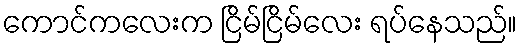
ကောင်ကလေးက ငြိမ်ငြိမ်လေး ရပ်နေသည်။